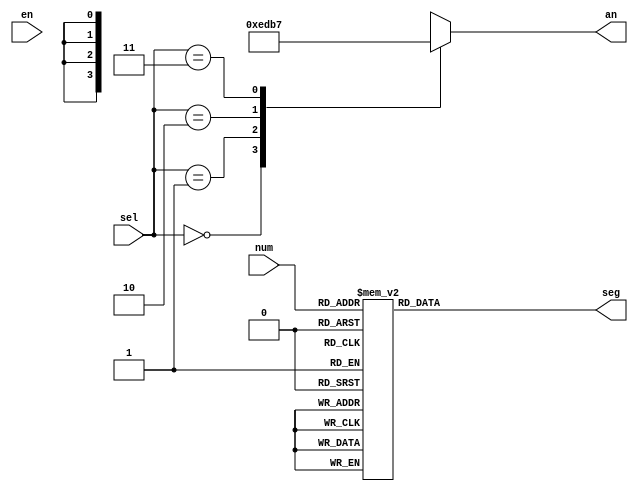
`timescale 1ns / 1ps
//////////////////////////////////////////////////////////////////////////////////
// Company: 
// Engineer: 
// 
// Design Name: 
// Module Name: Procedural7SegDisp
// Project Name: 
// Target Devices: 
// Tool Versions: 
// Description: 
// 
// Dependencies: 
// 
// Revision:
// Revision 0.01 - File Created
// Additional Comments:
// 
//////////////////////////////////////////////////////////////////////////////////


module sevenSegWEn(
input [3:0]num,
input en,
input [1:0] sel,
output reg [0:6]seg,
output reg [3:0]an
    );
    
always @ (*) begin
    case(num)
        4'b0000:  seg = 7'b0000001;
        4'b0001:  seg = 7'b1001111;
        4'b0010:  seg = 7'b0010010;
        4'b0011:  seg = 7'b0000110;
        4'b0100:  seg = 7'b1001100;
        4'b0101:  seg = 7'b0100100;
        4'b0110:  seg = 7'b0100000;
        4'b0111:  seg = 7'b0001110;
        4'b1000:  seg = 7'b0000000;
        4'b1001:  seg = 7'b0000100;
        4'b1010: seg = 7'b0001000;
        4'b1011: seg = 7'b1100000;
        4'b1100: seg = 7'b0110001;
        4'b1101: seg = 7'b1000010;
        4'b1110: seg = 7'b0110000;
        4'b1111: seg = 7'b0111000;
        default: seg = 7'b1111111;
    endcase
    
    case (sel) 
    2'b00: an = 4'b1110;
    2'b01: an = 4'b1101;
    2'b10: an = 4'b1011;
    2'b11: an = 4'b0111; 
    default: an = 4'b0000;
    endcase
    
    end

endmodule